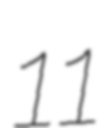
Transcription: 11